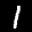
Label: 1